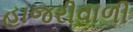
હાજરીવાળી